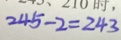
2 4 5 - 2 = 2 4 3